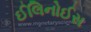
ઈલિનોઈસ